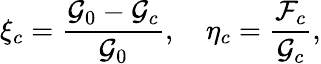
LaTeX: \xi_{c}=\frac{\mathcal{G}_{0}-\mathcal{G}_{c}}{\mathcal{G}_{0}},\quad\eta_{c}=\frac{\mathcal{F}_{c}}{\mathcal{G}_{c}},